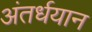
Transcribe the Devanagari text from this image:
अंतर्धयान